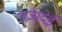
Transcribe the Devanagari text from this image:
राजादेई